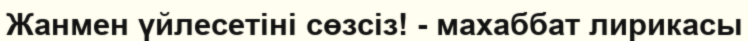
Жанмен үйлесетіні сөзсіз! - махаббат лирикасы